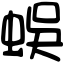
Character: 蜈